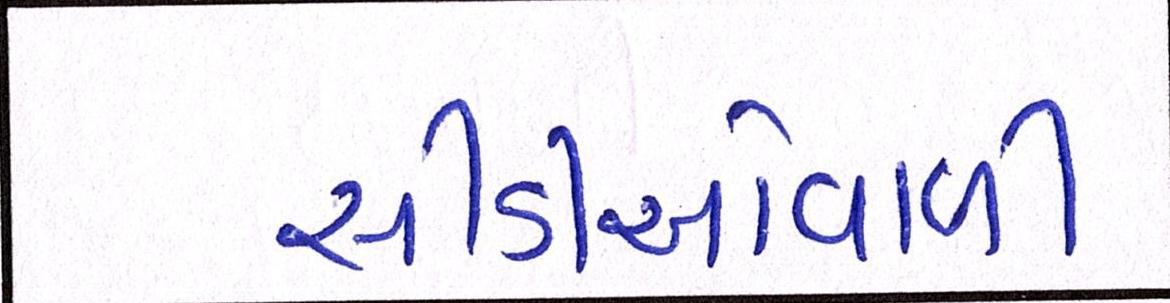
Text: સીડીઓવાળી